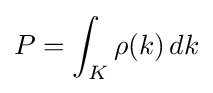
P=\int _{K}\rho (k)\,dk